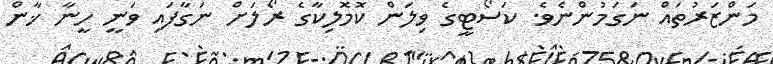
މަންޒަރުތައް ނަގަމުންނެވެ. ކަސޯޓީގެ ވިލަން ކޮމޮލިކާގެ ރޯލަށް ނަގާފައި ވަނީ ހީނާ ޚާން